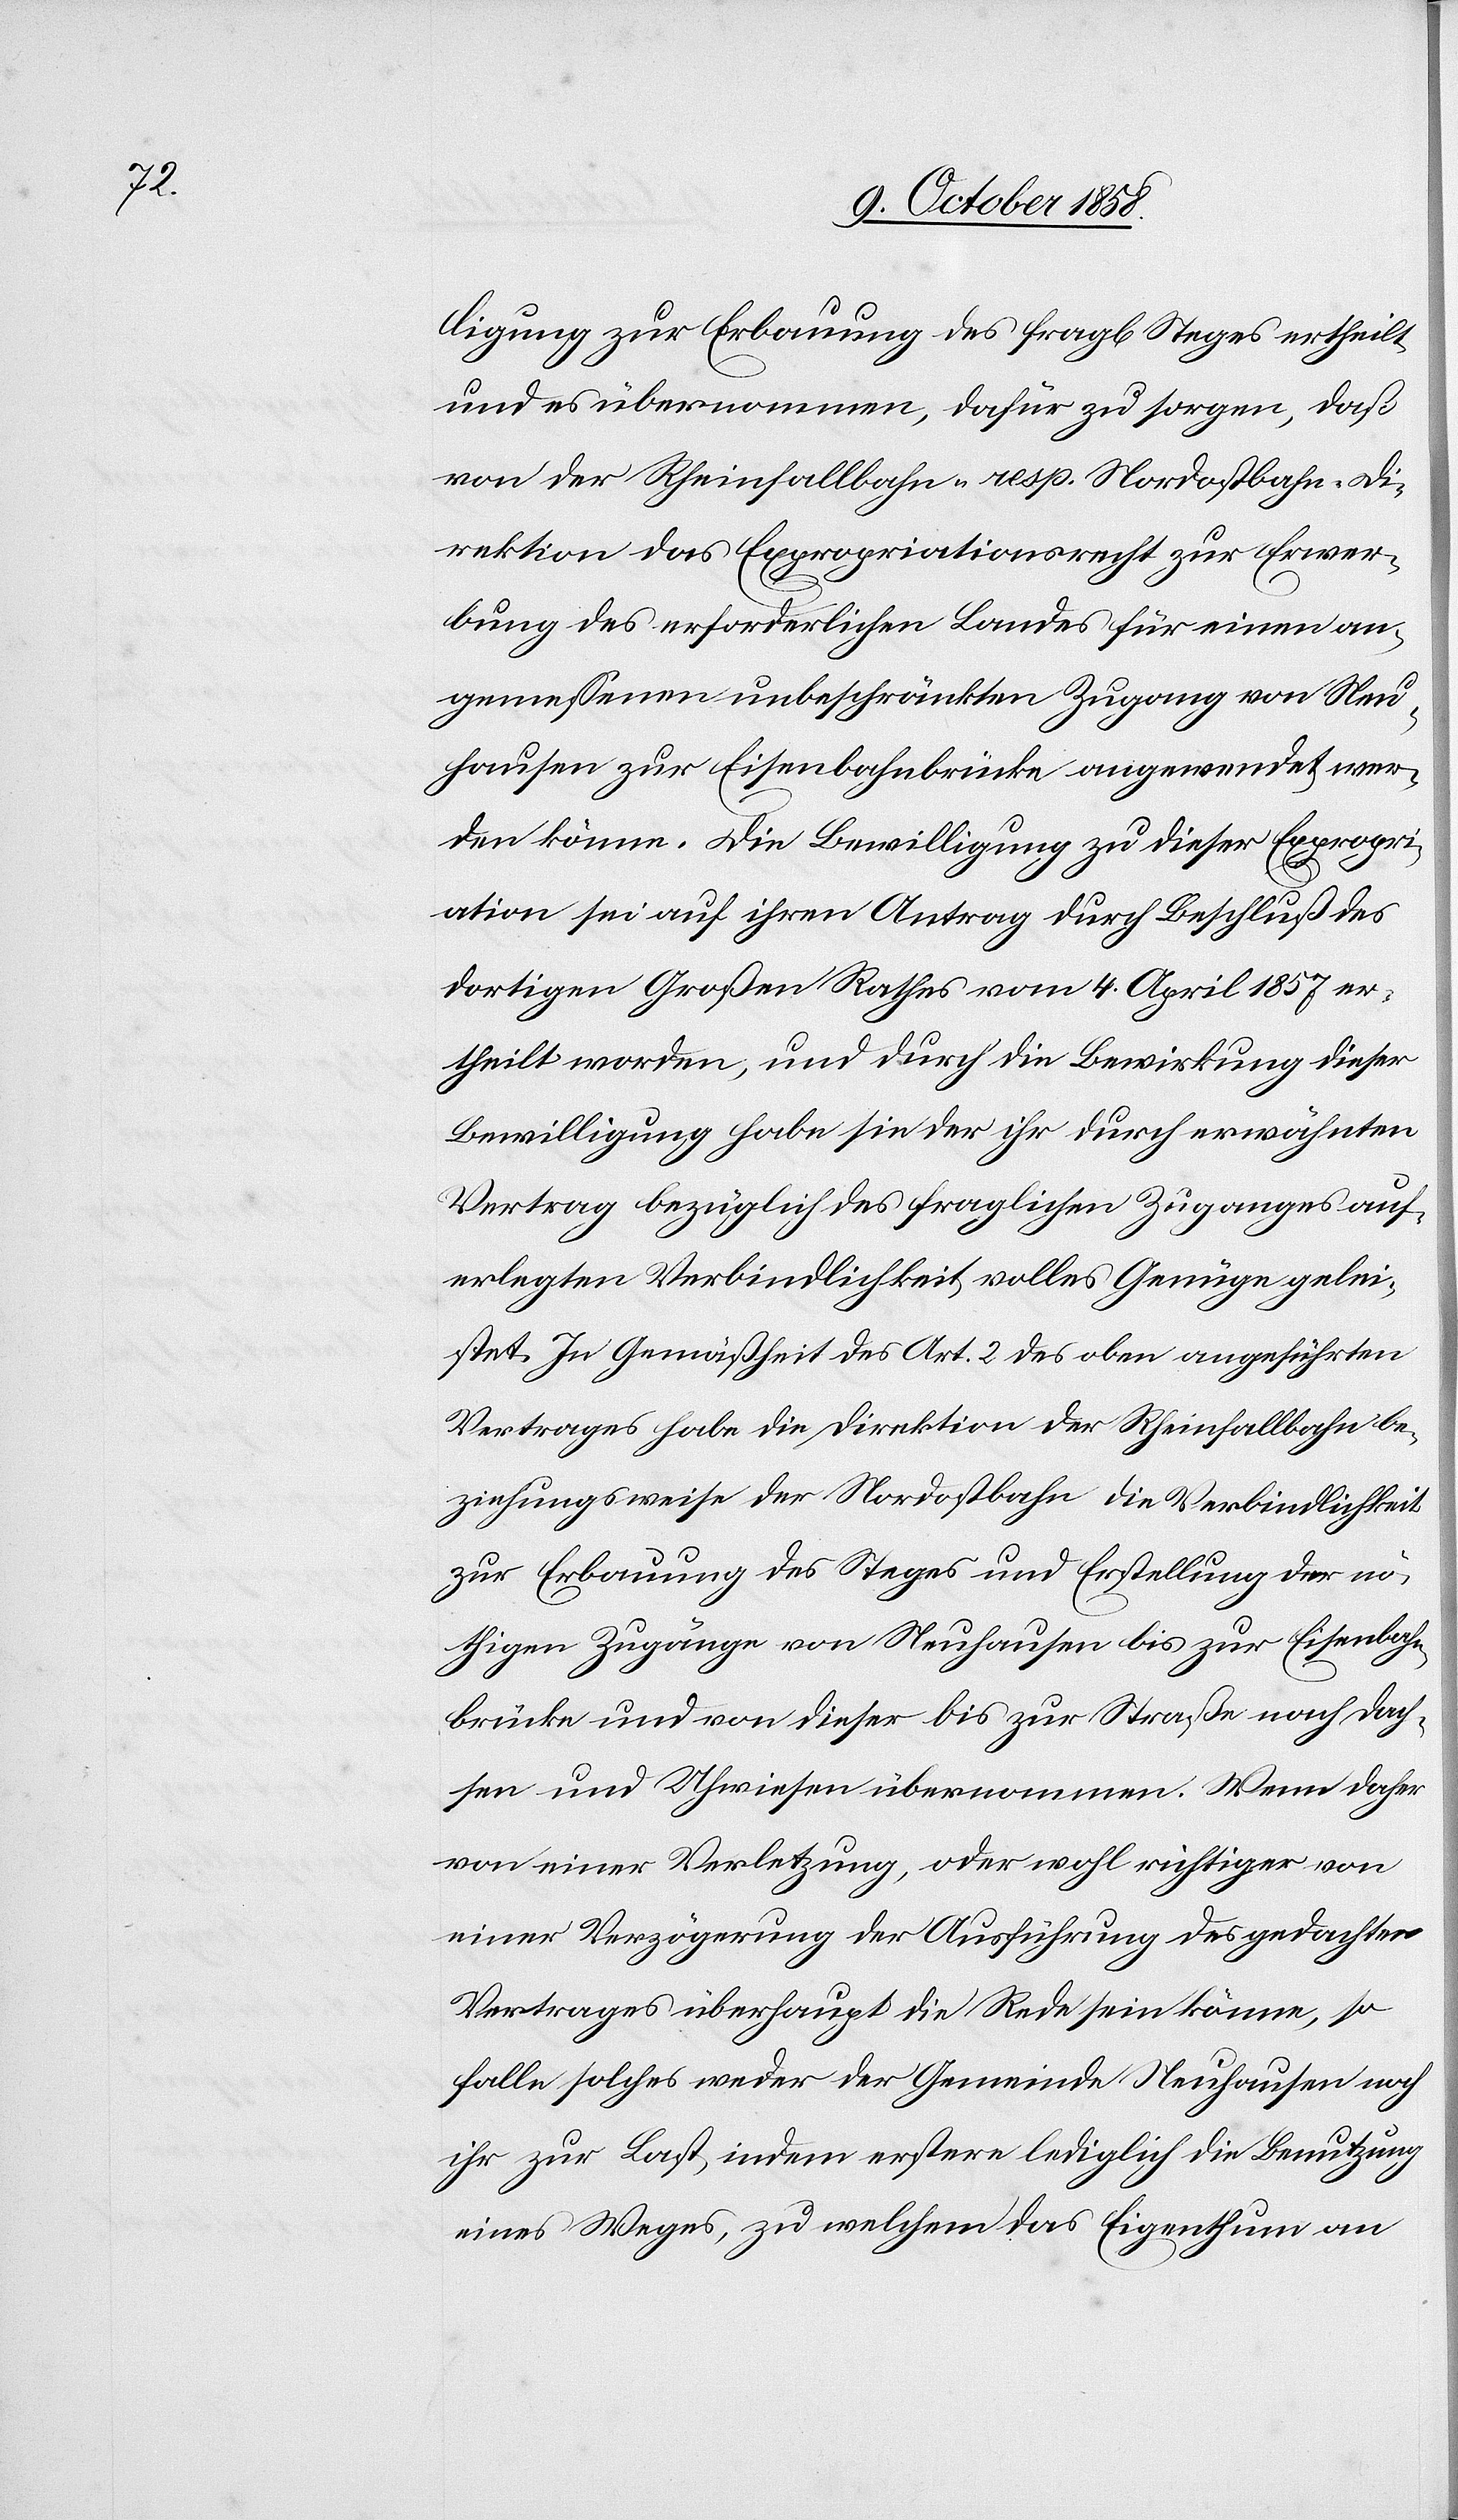
ligung zur Erbauung des fragl[ichen] Steges ertheilt
und es übernommen, dafür zu sorgen, daß
von der Rheinfallbahn- resp. Nordostbahn-Di¬
rektion das Expropriationsrecht zur Erwer¬
bung des erforderlichen Landes für einen an¬
gemessenen unbeschränkten Zugang von Neu¬
hausen zur Eisenbahnbrücke angewendet wer¬
den könne. Die Bewilligung zu dieser Expropri¬
ation sei auf ihren Antrag durch Beschluß des
dortigen Großen Rathes vom 4. April 1857 er¬
theilt worden, und durch die Bewirkung dieser
Bewilligung habe sie der ihr durch erwähnten
Vertrag bezüglich des fraglichen Zuganges auf¬
erlegten Verbindlichkeit volles Genüge gelei¬
stet. In Gemäßheit des Art. 2 des oben angeführten
Vertrages habe die Direktion der Rheinfallbahn be¬
ziehungsweise der Nordostbahn die Verbindlichkeit
zur Erbauung des Steges und Erstellung der nö¬
thigen Zugänge von Neuhausen bis zur Eisenbahn¬
brücke und von dieser bis zur Straße nach Dach¬
sen und Uhwiesen übernommen. Wenn daher
von einer Verletzung, oder wohl richtiger von
einer Verzögerung der Ausführung des gedachten
Vertrages überhaupt die Rede sein könne, so
falle solches weder der Gemeinde Neuhausen noch
ihr zur Last, indem erstere lediglich die Benutzung
eines Weges, zu welchem das Eigenthum an